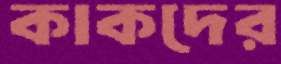
কাকদের